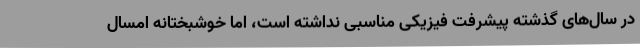
در سال‌های گذشته پیشرفت فیزیکی مناسبی نداشته است، اما خوشبختانه امسال